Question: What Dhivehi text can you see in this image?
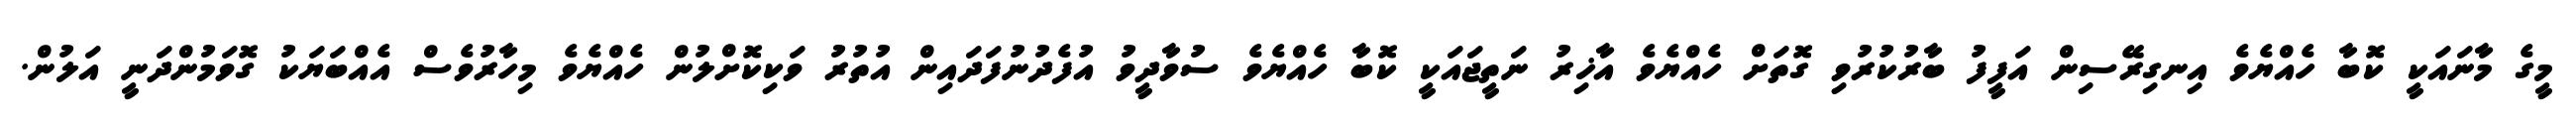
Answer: މީގެ މާނައަކީ ކޮބާ ހެއްޔެވެ އިނގިރޭސިން އަފީފު ބާރުކުރުވި ގޮތަށް ހެއްޔެވެ އާޚިރު ނަތީޖައަކީ ކޮބާ ހެއްޔެވެ ސުވާދީވު އުފެދުނުފަދައިން އުތުރު ވަކިކޮށްލުން ހެއްޔެވެ މިހާރުވެސް އެއްބަޔަކު ގޮވަމުންދަނީ އަލުން.